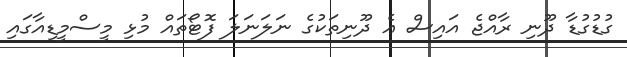
ގުޑުގުޑާ ދޫނި ރާއްޖެ އައިސް އެ ދޫނިތަކުގެ ނަލަނަލަ ފޮޓޯތައް މުޅި މީސްމީޑިއާގައި